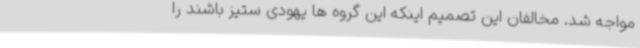
مواجه شد. مخالفان این تصمیم اینکه این گروه ها یهودی ستیز باشند را